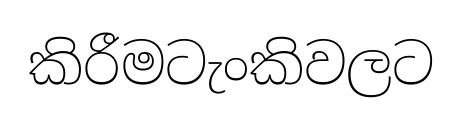
කිරීමටැංකිවලට